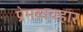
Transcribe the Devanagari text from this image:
प्रेमव्यवहार